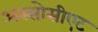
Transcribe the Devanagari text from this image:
अस्सोसीएट